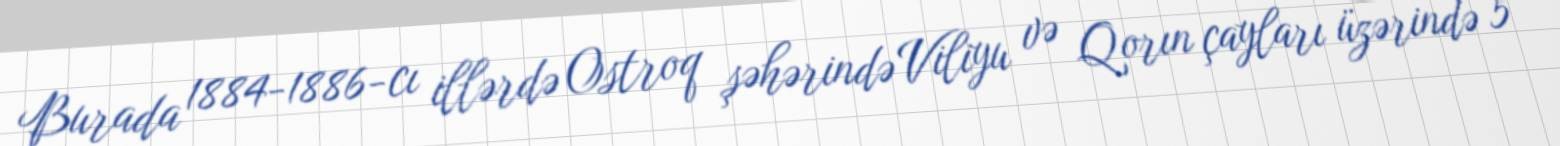
Burada 1884-1886-cı illərdə Ostroq şəhərində Viliyu və Qorın çayları üzərində 5